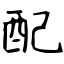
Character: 配